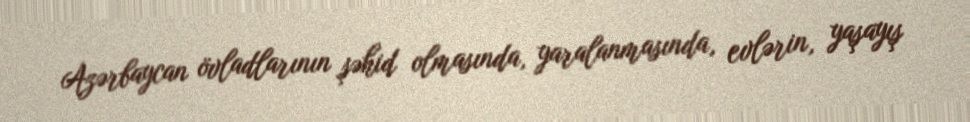
Azərbaycan övladlarının şəhid olmasında, yaralanmasında, evlərin, yaşayış